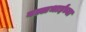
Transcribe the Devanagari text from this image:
वल्लभाईंच्या